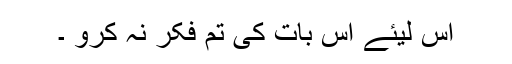
اس لیئے اس بات کی تم فکر نہ کرو ۔